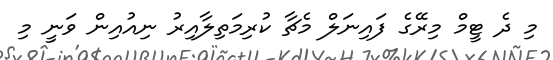
މި ދެ ޓީމް މިރޭގެ ފައިނަލް މެޗާ ކުރިމަތިލާއިރު ނިއުއިން ވަނީ މި